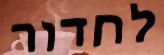
לחדור